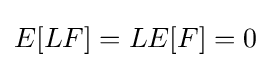
E[LF]=LE[F]=0